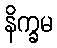
နိက္ခမ